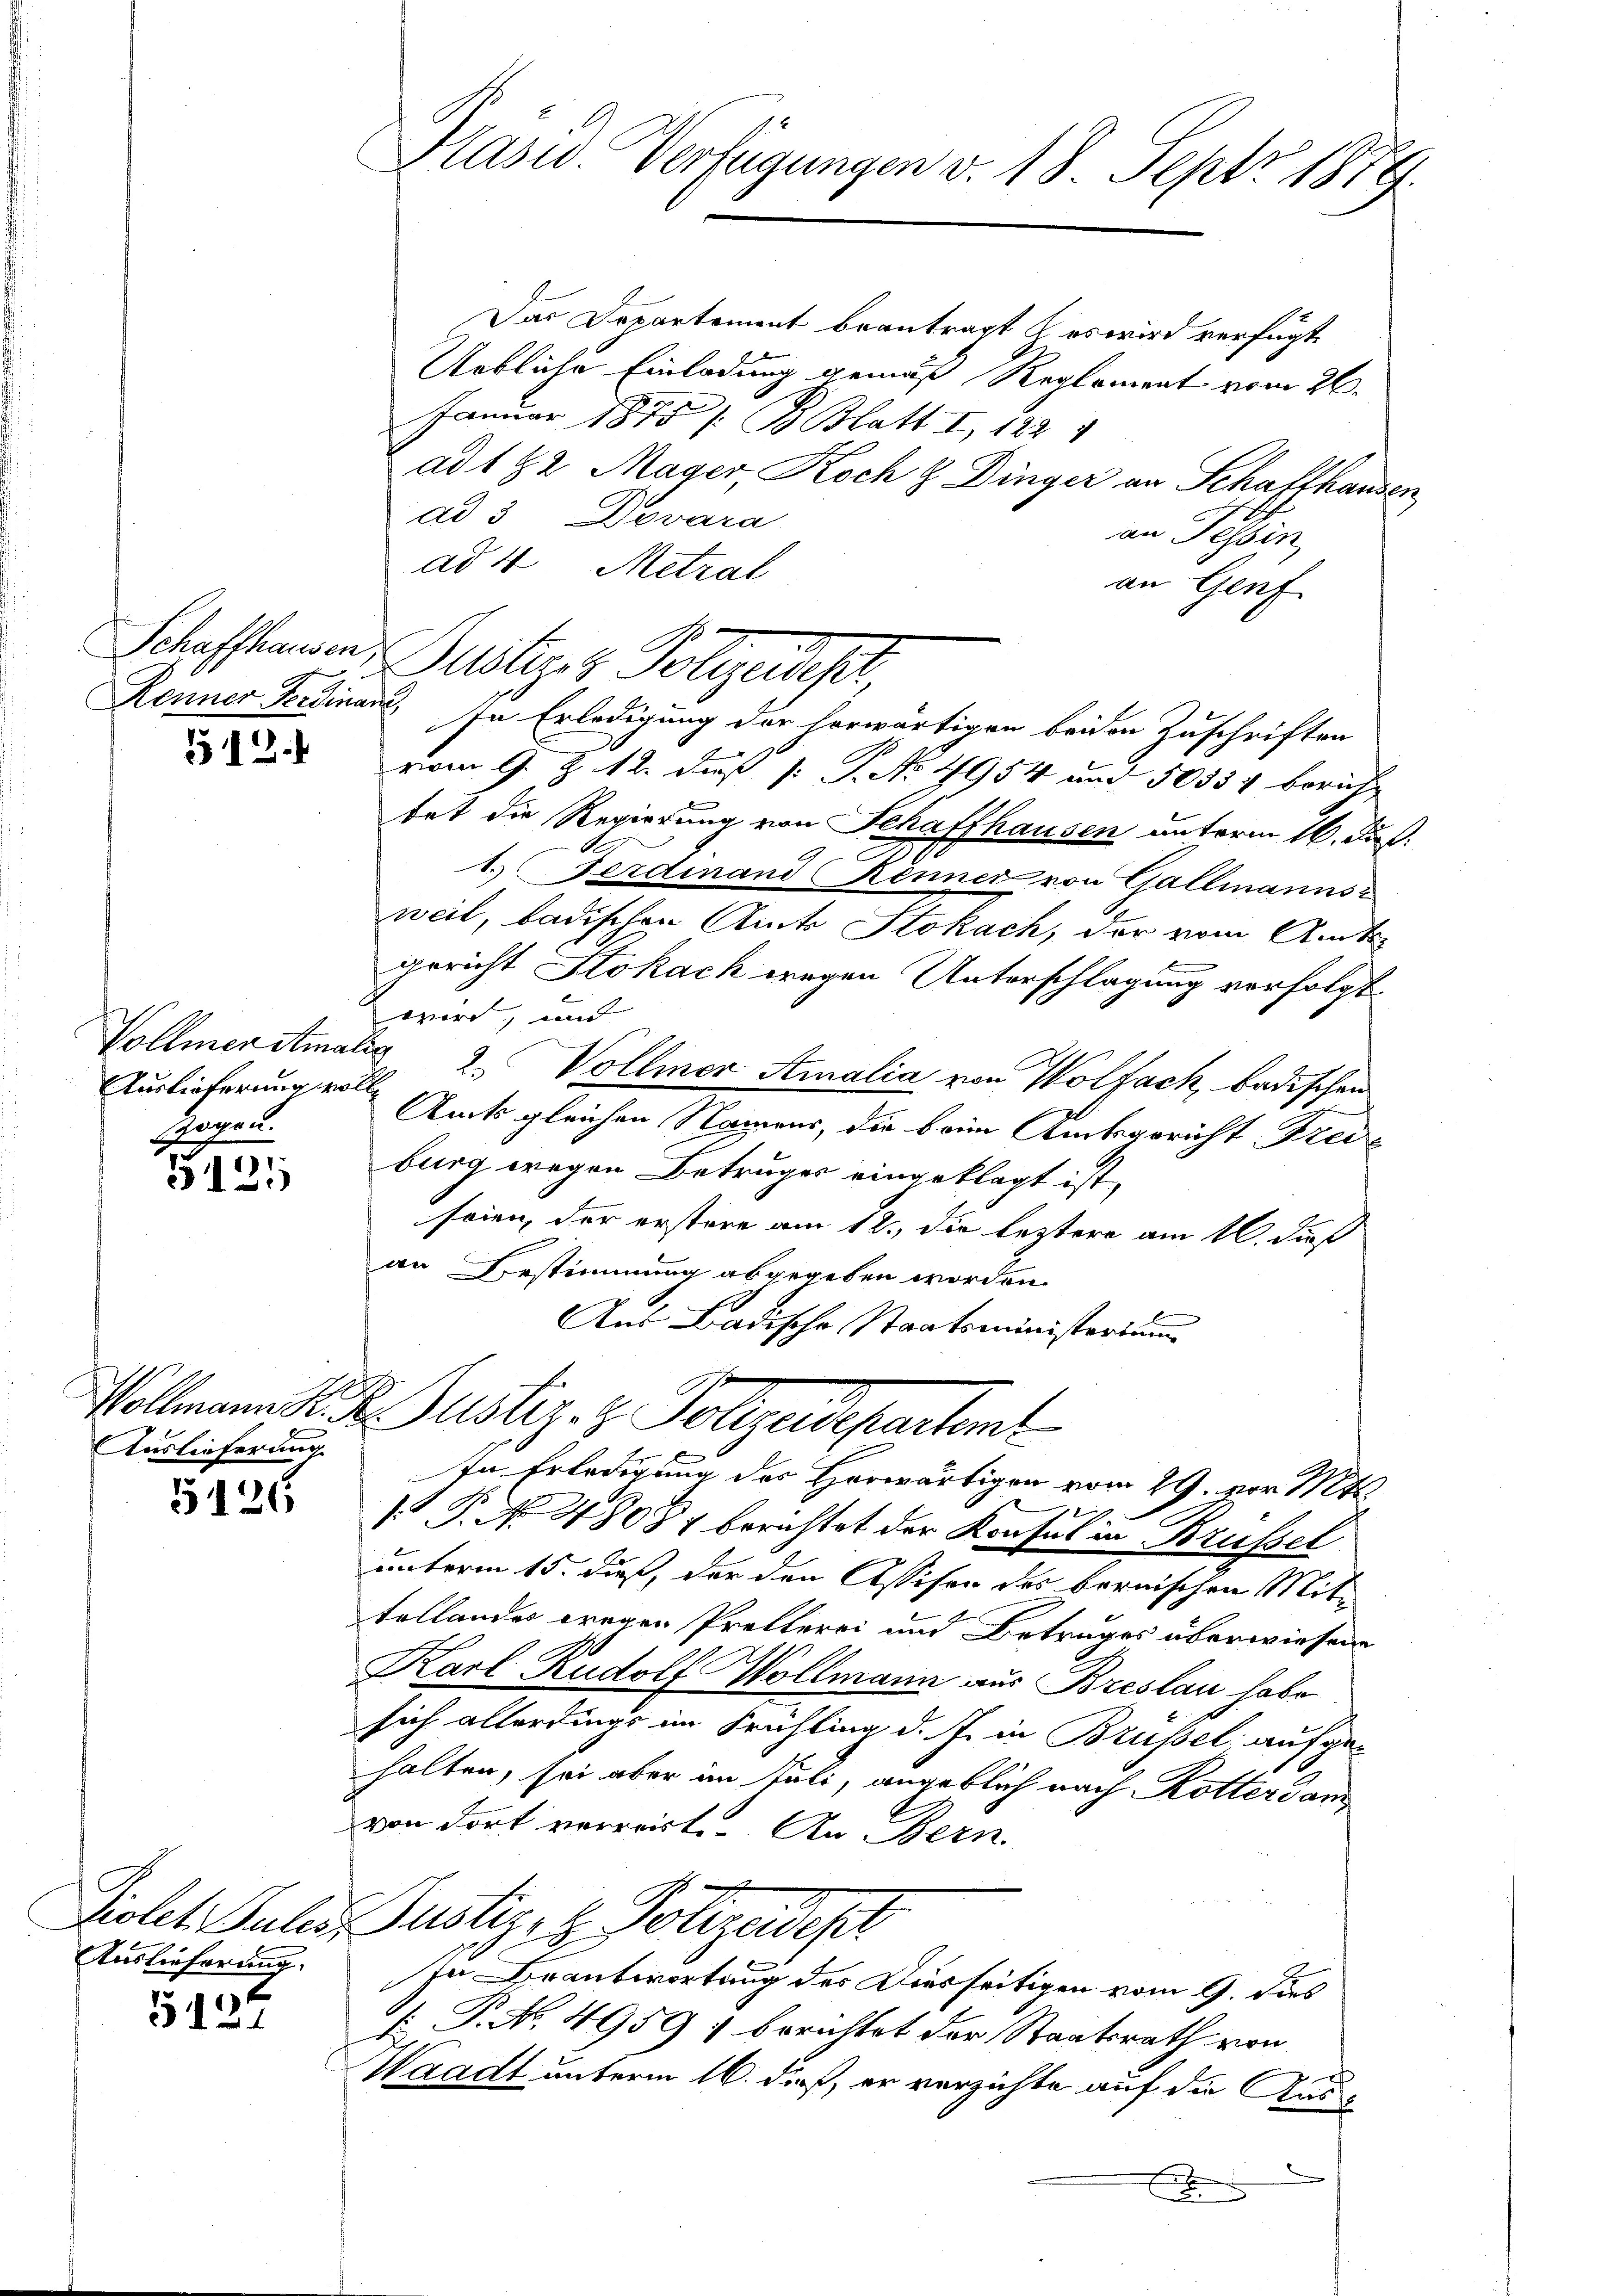
512.

Auslieferung voll
zogen.

1
512

Auslieferung.

5126

Auslieferung.

5124

Präsid. Verfügungen v. 18. Sept. 1879

Das Departement beantragt & es wird verfügt
Uebliche Einladung gemäß Reglement vom 26.
Januar 1875 /: B. Blatt I, 122 1
ad 1 22 Mager, Koch & Dinger an Schafthausen
ad 3 Dovara
an Tessin,
ad 4 Metral
an Genf
vom 9. Z. 12. daß [: P. No. 4954 und 50334 bericht
tat die Regierung von Schaffhausen unterm 16. ds.
1. Ferdinand Renner von Gallmannsz
weil, badischen Amts Stokach, der vom Amts-
gericht Stokack wegen Unterschlagung verfolgt.
wird, und
Vollmerstmalig 2. Vollmer Amalia von Wolfach, badischen
s
Amts gleichen Namens, die beim Amtsgericht Freie
burg wegen Betruges eingeklagt ist,
seien der erstere am 12. die leztere am 16. daß
an Bestimmung abgegeben worden.
Aus Badische Staatsministerium
E
Vollmann S. R. Justiz- & Polizeidepartemt
In Erledigung des Horwärtigen vom 29. vor. Mts.
2
1
 P. No 48087 berichtet der Konsul in Brüssel
unterm 15. dieß, der den Assison des bernischen Mit-
tellandes wegen Pretterei und Betrages überwiesene
Karl Rudolf Wollmann aus Breslau habe
sich allerdings im Frühling d. J. in Brüssel aufgehalten, sei aber im Juli, angeblich nach Rotter dam
von Fort vorweiste. An Bern.
Kiolet. Sules, Pustiz- & Polizeidept
In Beantwortung des Diesseitigen vom 9. dies
 P. No. 4959 : berichtet der Staatsrath von
Waadt unterm 16. dieß, er verzichte auf die Aus¬

Schaffhausen, Pustiger Polizeidert

Renner Ferdinan. In Erledigung der herwärtigen beiden Zuschriften